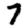
Digit: 7